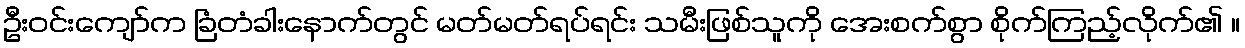
ဦးဝင်းကျော်က ခြံတံခါးနောက်တွင် မတ်မတ်ရပ်ရင်း သမီးဖြစ်သူကို အေးစက်စွာ စိုက်ကြည့်လိုက်၏ ။